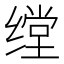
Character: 𱺪